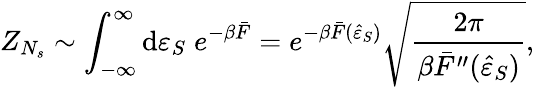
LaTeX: Z_{N_{s}}\sim\int_{-\infty}^{\infty}{\mathrm{d}\varepsilon_{S}\; e^{-\beta\bar{F}}}=e^{-\beta\bar{F}(\hat{\varepsilon}_{S})}\sqrt{\frac{2\pi}{\beta\bar{F}^{\prime\prime}(\hat{\varepsilon}_{S})}},